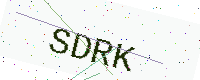
Text: SDRK